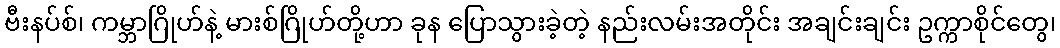
ဗီးနပ်စ်၊ ကမ္ဘာဂြိုဟ်နဲ့ မားစ်ဂြိုဟ်တို့ဟာ ခုန ပြောသွားခဲ့တဲ့ နည်းလမ်းအတိုင်း အချင်းချင်း ဥက္ကာစိုင်တွေ၊